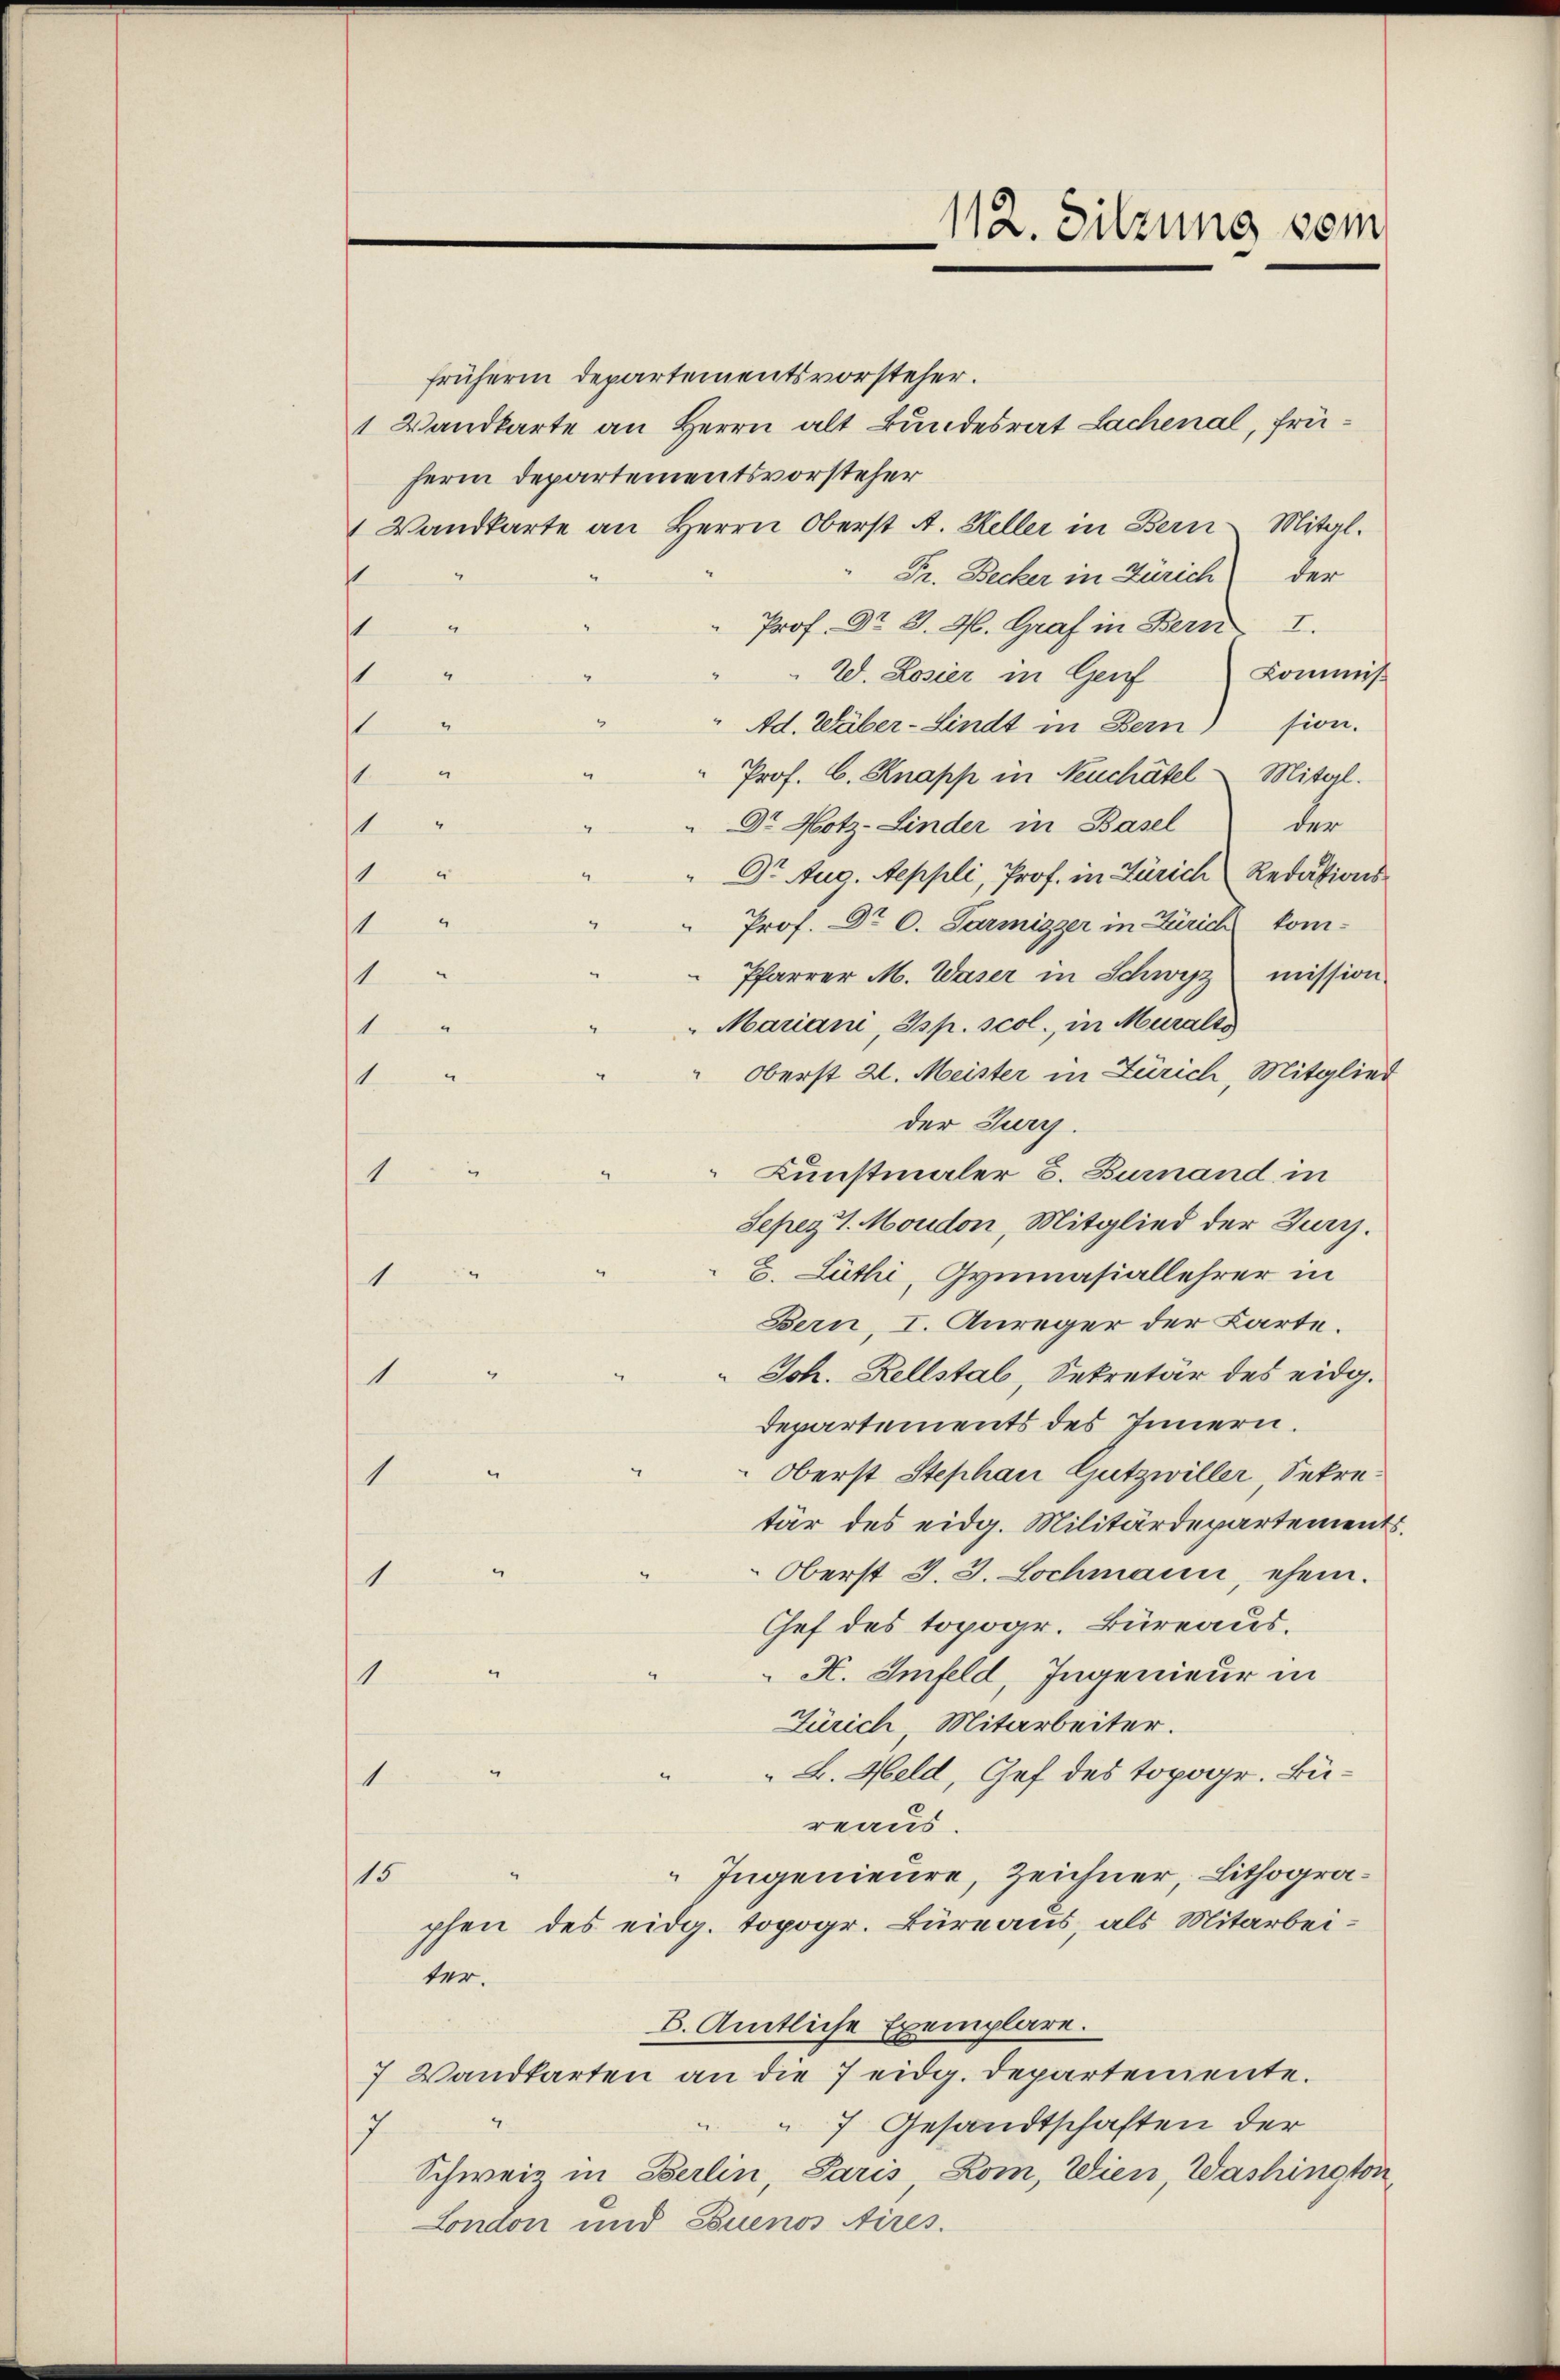
früheren Departementsvorsteher.
1 Wandkarte an Herrn alt Bundesrat Lachenal, früherm Departementsvorsteher
Wandkarte an Herrn Oberst A. Keller in Bern Mitgl.
der
Pr. Becker in Zürich
1
Prof. Dr. J. H. Graf in Bern I.
1
Kommis¬
1
W. Rosier in Genf
" Ad. Wäber-Lindt in Bern) sion.
s
1
Prof. C. Knapp in Neuchâtel Mitgl.
Dr Hotz-Linder in Basel der
1
15
" Dr. Aug. Aeppli, Prof. in Zürich Redations¬
Prof. Dr C. Sarmizzer in Zürich kom¬
1
 Pfarrer M. Waser in Schwyz mission
1
 Mariani, Gsp. scol., in Muralto
1
Oberst 21. Meister in Zürich, Mitglie¬
1
der Jury
2
Kunstmaler B. Burnand in
1
Sepez 1. Moudon, Mitglied der Jury.
E. Lüthi, Gymnasiallehrer in
4
Bern, I. Anreger der Karte.
.
Joh. Rellstab, Sekretär des eidg.
1
Departements des Innern.
Oberst Stephan Gutzwiller, Sekre¬
1
tär des eidg. Militärdepartemen¬
Oberst J. J. Lochmann, ehem.
1
Chef des topogr. Büreaus.
H. Imfeld, Ingenieur in
sin
Zürich Mitarbeiter.
B. Held, Gef des topogr. Bü¬
1
reaus.
Ingenieure, Zeichner, Lithogra¬
15
pfen des eidg. topogr. Büreaus, als Mitarbeiter.
6. Amtliche Exemplare.
7 Wandkarten an die 7 eidg. Departemente.
7 Gesandtschaften der
7
Schweiz in Berlin, Paris, Rom, Wien, Washington
London und Euenos Aires.

112. Sitzung vom